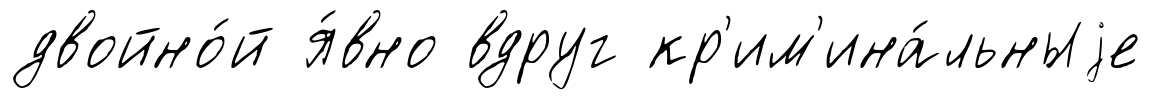
двойно́й я́вно вдруг кр'им'ина́льныjе